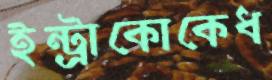
ইন্ট্রাকোকেধ